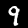
Digit: 9